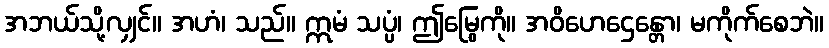
အဘယ်သို့လျှင်။ အဟံ၊ သည်။ ဣမံ သပ္ပံ၊ ဤမြွေကို။ အဝိဟေဌေန္တော၊ မကိုက်စေဘဲ။